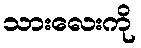
သားလေးကို